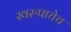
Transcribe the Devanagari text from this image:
स्वरुपाचेच